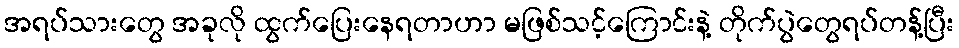
အရပ်သားတွေ အခုလို ထွက်ပြေးနေရတာဟာ မဖြစ်သင့်ကြောင်းနဲ့ တိုက်ပွဲတွေရပ်တန့်ပြီး